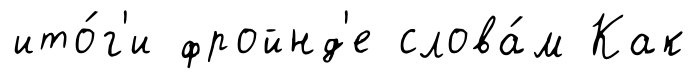
ито́г'и фройнд'е слова́м Как